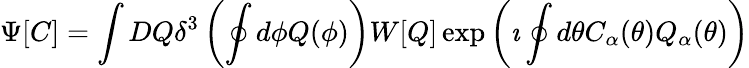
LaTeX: \Psi[C]=\int DQ\delta^{3}\left(\oint d\phi Q(\phi)\right)W[Q]\exp\left(\imath\oint d\theta C_{\alpha}(\theta)Q_{\alpha}(\theta)\right)